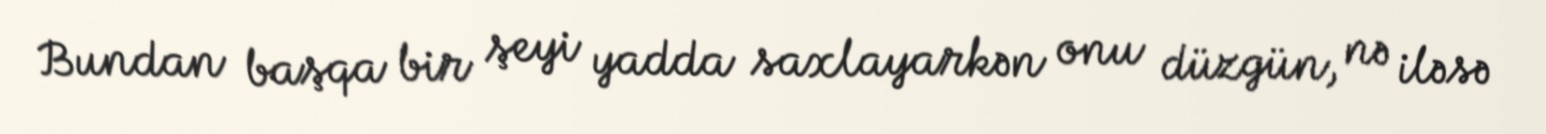
Bundan başqa bir şeyi yadda saxlayarkən onu düzgün, nə iləsə